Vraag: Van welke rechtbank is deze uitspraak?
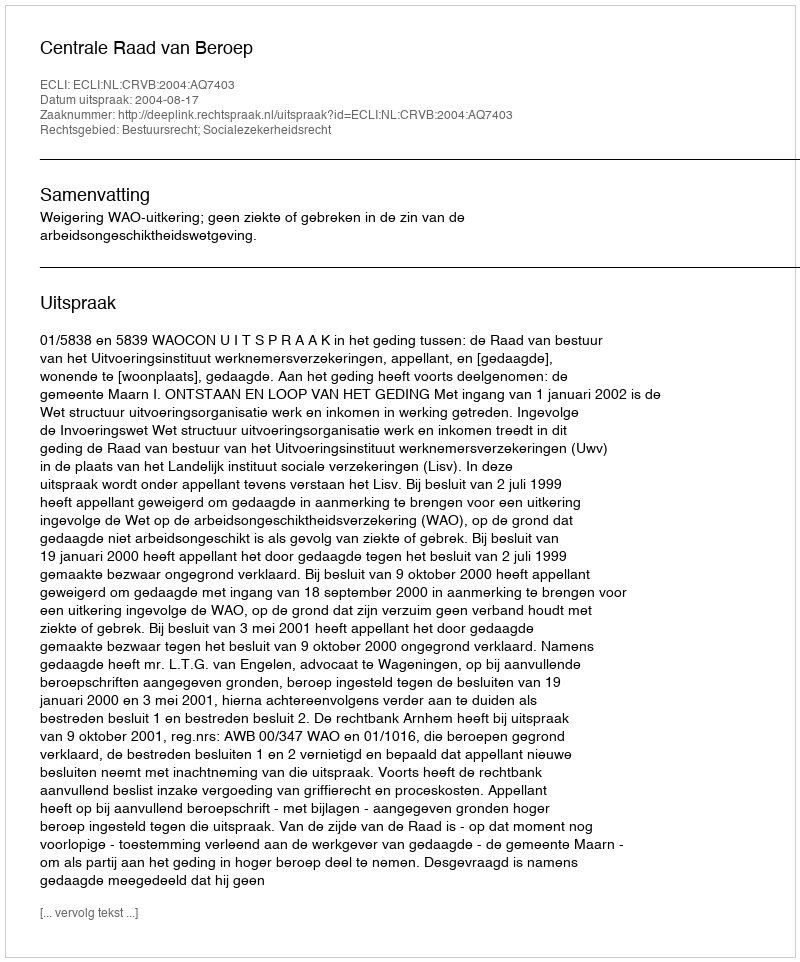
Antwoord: Centrale Raad van Beroep